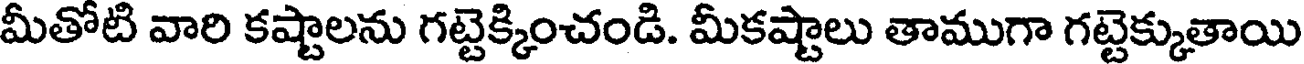
మీతోటి వారి కష్టాలను గట్టెక్కించండి. మీకష్టాలు తాముగా గట్టెక్కుతాయి